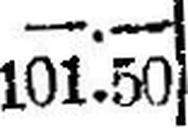
101.50